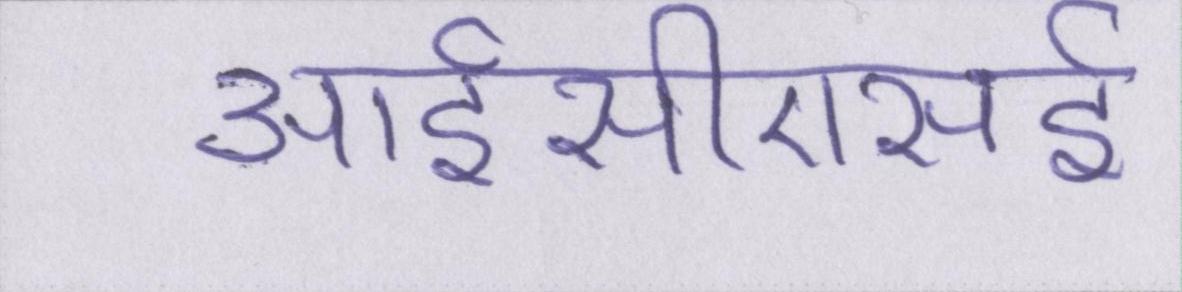
आईसीएसई